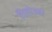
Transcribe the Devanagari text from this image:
विलोउकों